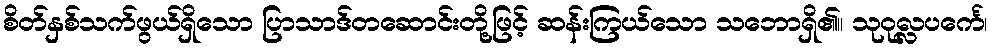
စိတ်နှစ်သက်ဖွယ်ရှိသော ပြာသာဒ်တဆောင်းတို့ဖြင့် ဆန်းကြယ်သော သဘောရှိ၏။ သုဝုလ္လပင်္ကေ၊